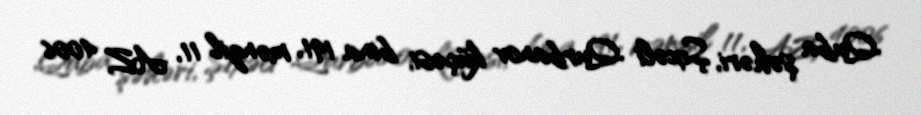
Quba şəhəri, Şıxəli Qurbanov küçəsi, bina 191, mənzil 11, AZ 4006